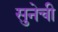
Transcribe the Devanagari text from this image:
सुनेची